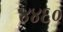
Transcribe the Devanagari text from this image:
४४६०